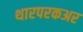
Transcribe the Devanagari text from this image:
थारपरकअर